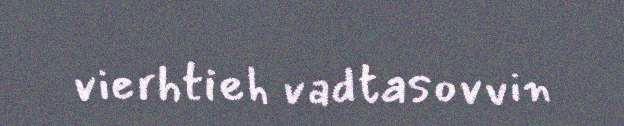
vierhtieh vadtasovvin